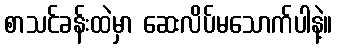
စာသင်ခန်းထဲမှာ ဆေးလိပ်မသောက်ပါနဲ့။